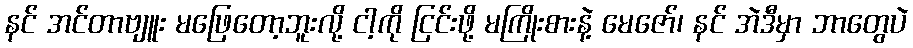
နင် အင်တာဗျူး မဖြေတော့ဘူးလို့ ငါ့ကို ငြင်းဖို့ မကြိုးစားနဲ့ မေဇော်၊ နင် အဲဒီမှာ ဘာတွေပဲ